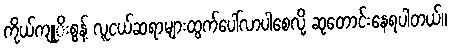
ကိုယ်ကျုုိးစွန့် လူငယ်ဆရာများထွက်ပေါ်လာပါစေလို့ ဆုတောင်းနေရပါတယ်။